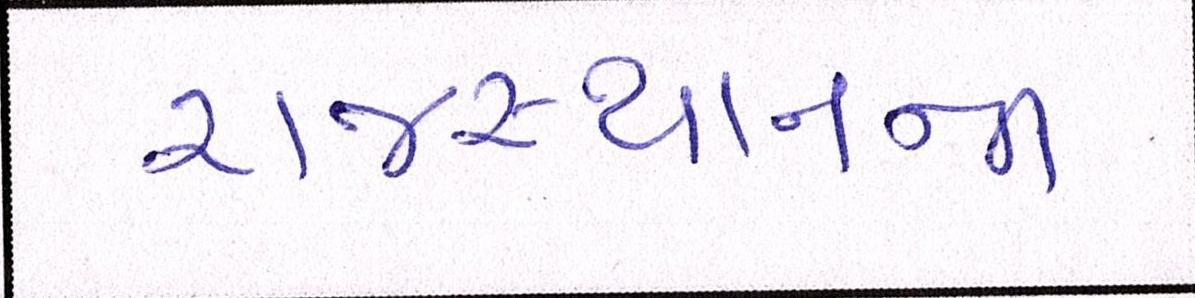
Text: રાજસ્થાનની